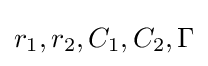
r_{1},r_{2},C_{1},C_{2},\Gamma